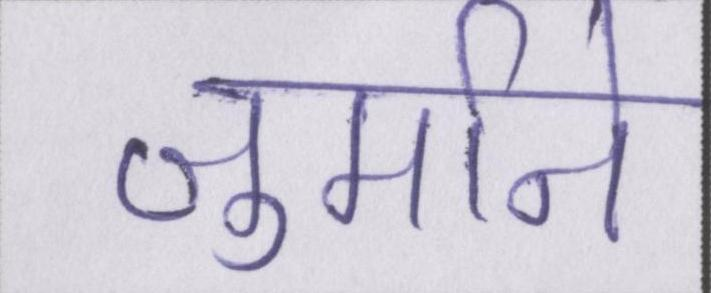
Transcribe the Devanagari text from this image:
जुर्माने